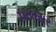
પાલસર